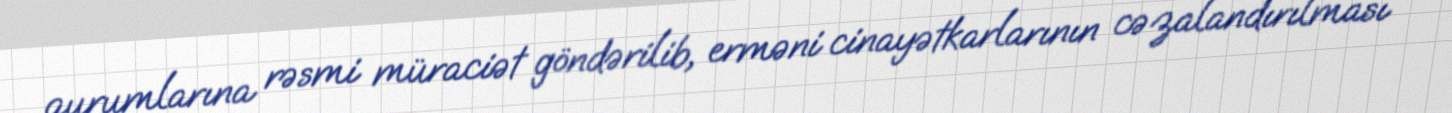
qurumlarına rəsmi müraciət göndərilib, erməni cinayətkarlarının cəzalandırılması